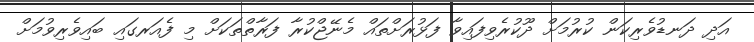
އަދި ދަނޑުވެރިކަން ކުރުމަށް ދޫކުރެވިފައިވާ ފަޅުރަށްތައް މެނޭޖްކުރާ ފަރާތްތަކަށް މި ފެއަރގައި ބައިވެރިވުމަށް